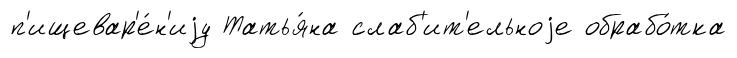
п'ищевар'е́н'иjу Татья́на слаб'ит'ельноjе обрабо́тка